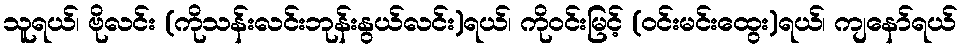
သူရယ်၊ ဗိုလင်း (ကိုသန်းလင်းဘုန်းနွယ်လင်း)ရယ်၊ ကိုဝင်းမြင့် (ဝင်းမင်းထွေး)ရယ်၊ ကျနော်ရယ်